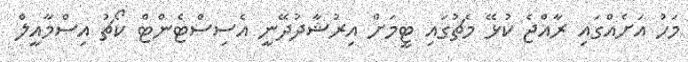
މަހު އަށެއްގައި ރާއްޖެ ކުޅޭ މެޗުގައި ޓީމަށް އިރުޝާދުދޭނީ އެސިސްޓެންޓް ކޯޗު އިސްމާއީލް